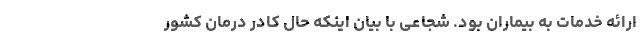
ارائه خدمات به بیماران بود. شجاعی با بیان اینکه حال کادر درمان کشور